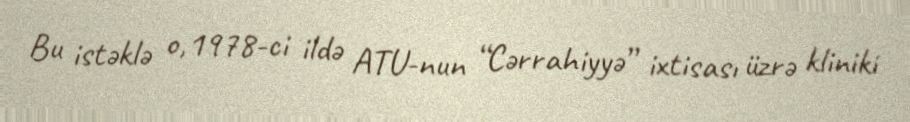
Bu istəklə o,1978-ci ildə ATU-nun “Cərrahiyyə” ixtisası üzrə kliniki